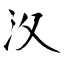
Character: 汷